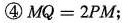
④$$M Q = 2 P M$$；